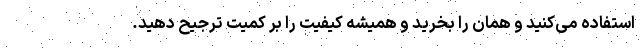
استفاده می‌کنید و همان را بخرید و همیشه کیفیت را بر کمیت ترجیح دهید.